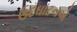
ઉદઘાટનએ